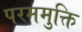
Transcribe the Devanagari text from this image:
परममुक्ति